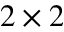
2 \times 2